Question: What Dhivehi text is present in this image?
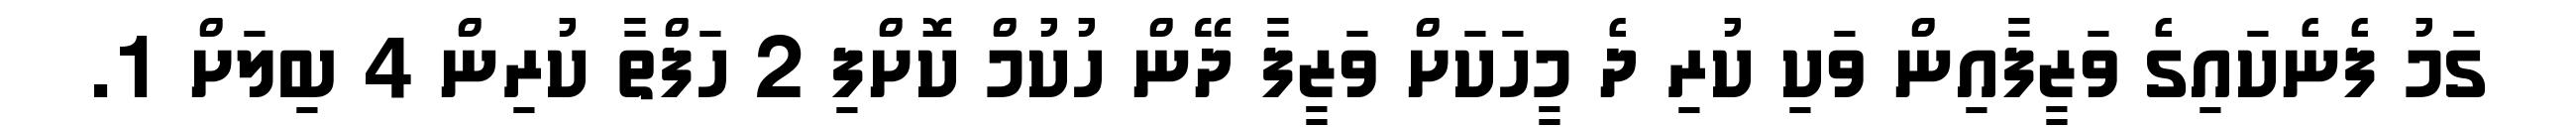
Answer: ގަމު ފެނެކައިގެ ވަޒީފާއިން ވަކި ކުރި ދެ މީހަކަށް ވަޒީފާ ދޭން ހުކުމް ކޮށްފި 2 ހަފްތާ ކުރިން 4 ބިލަށް 1.